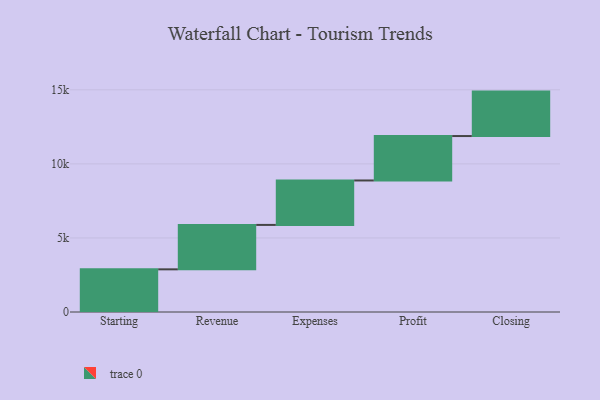
{"axis": {"x": "Step", "y": "Value"}, "legend": [""], "data": [{"x": "Starting", "y": 2880.0, "type": ""}, {"x": "Revenue", "y": 3000, "type": ""}, {"x": "Expenses", "y": 3000, "type": ""}, {"x": "Profit", "y": 3000, "type": ""}, {"x": "Closing", "y": 3000, "type": ""}]}